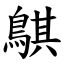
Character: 鶀